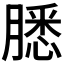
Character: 𬛐